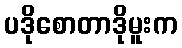
ပဒိုစောတာဒိုမူးက